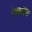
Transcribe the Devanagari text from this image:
रेकग्नाइज